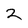
Character: 2